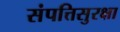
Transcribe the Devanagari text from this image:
संपत्तिसुरक्षा